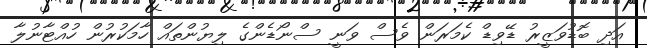
އަދި ބޮޑުވަޒީރު ޑޭވިޑް ކެމަރަން ވެސް ވަނީ ސްނޯޑެންގެ ލިޔުންތައް ހާމަކުރުން ހުއްޓާނުލާ